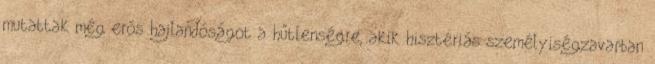
mutattak még erős hajlandóságot a hűtlenségre, akik hisztériás személyiségzavarban